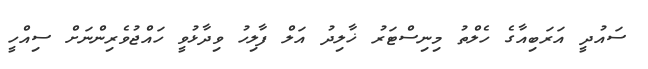
ސައުދީ އަރަބިއާގެ ހެލްތު މިނިސްޓަރު ޚާލިދު އަލް ފާލިހު ވިދާޅުވީ ހައްޖުވެރިންނަށް ސިއްހީ